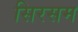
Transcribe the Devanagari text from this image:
सिरसम